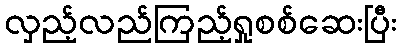
လှည့်လည်ကြည့်ရှုစစ်ဆေးပြီး